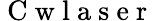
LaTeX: \mathrm{~C~w~l~a~s~e~r~}